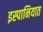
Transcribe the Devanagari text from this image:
इस्पानियात